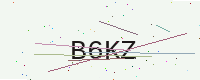
Text: B6KZ